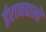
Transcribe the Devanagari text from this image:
ईरानवालों